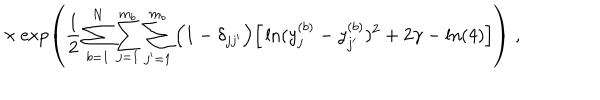
LaTeX: \times \exp \left( \frac { 1 } { 2 } \sum _ { b = 1 } ^ { N } \sum _ { j = 1 } ^ { m _ { b } } \sum _ { j ^ { \prime } = 1 } ^ { m _ { b } } \Big ( 1 - \delta _ { j j ^ { \prime } } \Big ) \Big [ \ln ( y _ { j } ^ { ( b ) } - y _ { j ^ { \prime } } ^ { ( b ) } ) ^ { 2 } + 2 \gamma - \ln ( 4 ) \Big ] \right) \; ,